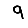
Digit: 9